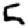
Digit: 5